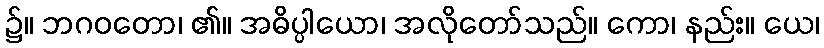
၌။ ဘဂဝတော၊ ၏။ အဓိပ္ပါယော၊ အလိုတော်သည်။ ကော၊ နည်း။ ယေ၊